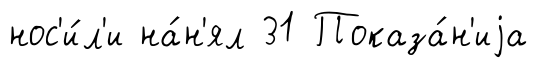
нос'и́л'и на́н'ял 31 Показа́н'иjа